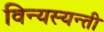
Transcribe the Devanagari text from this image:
विन्यस्यन्ती